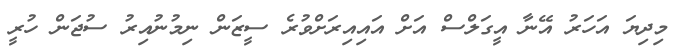
މިދިޔަ އަހަރު އޭނާ އީގަލްސް އަށް އައިއިރަށްވުރެ ސީޒަން ނިމުނުއިރު ސުޖަން ހުރީ